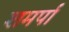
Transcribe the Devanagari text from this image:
शमर्पा